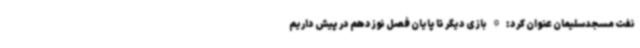
نفت مسجدسلیمان عنوان کرد: 9 بازی دیگر تا پایان فصل نوزدهم در پیش داریم